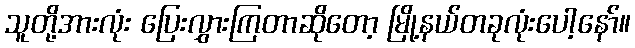
သူတို့အားလုံး ပြေးလွှားကြတာဆိုတော့ မြို့နယ်တခုလုံးပေါ့နော်။